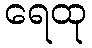
ရေထု